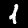
Label: 1